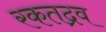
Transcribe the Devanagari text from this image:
रकतद्रव